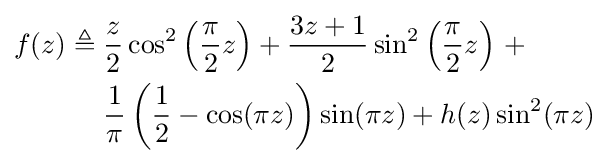
{\begin{aligned}f(z)\triangleq \;&{\frac {z}{2}}\cos ^{2}\left({\frac {\pi }{2}}z\right)+{\frac {3z+1}{2}}\sin ^{2}\left({\frac {\pi }{2}}z\right)\,+\\&{\frac {1}{\pi }}\left({\frac {1}{2}}-\cos(\pi z)\right)\sin(\pi z)+h(z)\sin ^{2}(\pi z)\end{aligned}}